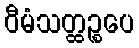
ဝီမံသတ္ထဉ္စပေ